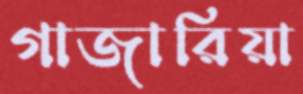
গাজারিয়া